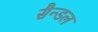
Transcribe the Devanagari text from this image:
सैन्डल